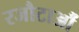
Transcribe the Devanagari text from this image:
रजौटाऔं